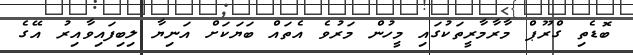
ބޮޑެތި ގްރޫޕް މާރާމާރީތަކުގައި މީހުން މަރުވެ އެތައް ބަޔަކަށް އަނިޔާ ލިބިފައިވާއިރު އޭގެ